King Institute of Preventive Medicine Bacteriolog. Section reports 1907-08
Year: 1907
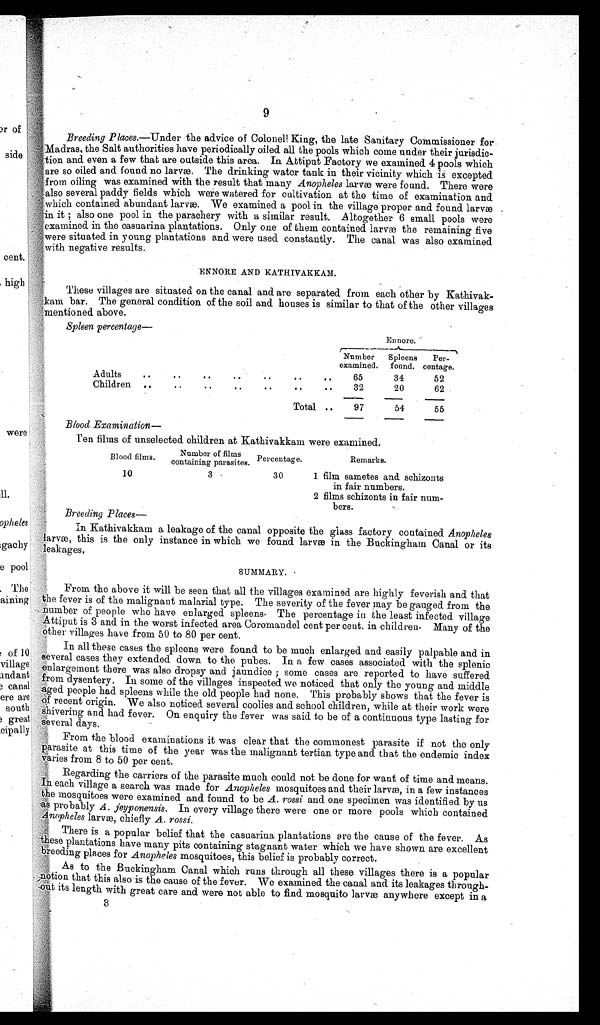
9
Breeding Places.—Under the advice of Colonel King, the late Sanitary Commissioner for
Madras, the Salt authorities have periodically oiled all the pools which come under their jurisdic-
tion and even a few that are outside this area. In Attiput Factory we examined 4 pools which
are so oiled and found no larvæ. The drinking water tank in their vicinity which is excepted
from oiling was examined with the result that many Anopheles larvæ were found. There were
also several paddy fields which were watered for cultivation at the time of examination and
which contained abundant larvæ. We examined a pool in the village proper and found larvæ
in it ; also one pool in the parachery with a similar result. Altogether 6 small pools were
examined in the casuarina plantations. Only one of them contained larvæ the remaining five
were situated in young plantations and were used constantly. The canal was also examined
with negative results.
ENNORE AND
KATHIVAKKANM.
These villages are situated on the canal and are separated from each other by Kathivak-
kam bar. The general condition of the soil and houses is similar to that of the other villages
mentioned above.
Spleen percentage
—
Ennore.
Number
examined.
Spleens
found.
Per -
centage.
Adults .. .. .. .. .. .. ..
65
34
52
C h i l d r e n . . . . . . . . . . . . . .
32
20
62
Total ..
97
54
55
Blood Examination —
Ten films of unselected children at Kathivakkam were examined.
Blood films.
Number of films
containing parasites.
Percentage.
Remarks.
10
3
30
1 film sametes and schizonts
in fair numbers.
2 films schizonts in fair num-
bers.
Breeding Places—
In Kathivakkam a leakage of the canal opposite the glass factory contained Anopheles
larvæ, this is the only instance in which we found larvæ in the Buckingham Canal or its
leakages.
SUMMARY.
From the above it will be seen that all the villages examined are highly feverish and that
the fever is of the malignant malarial type. The severity of the fever may be gauged from the
number of people who have enlarged spleens. The percentage in the least infected village
Attiput is 3 and in the worst infected. area Coromandel cent per cent. in children. Many of the
other villages have from 50 to 80 per cent.
In all these cases the spleens were found to be much enlarged and easily palpable and in
s e v e r a l c a s e s t h e y e x t e n d e d d o w n t o t h e p u b e s . I n a f e w c a s e s a s s o c i a t e d w i t h t h e s p l e n i c
enlargement there was also dropsy and jaundice ; some cases are reported to have suffered
from dysentery. In some of the villages inspected we noticed that only the young and middle
aged people had spleens while the old people had none. This probably shows that the fever is
of recent origin. We also noticed several coolies and school children, while at their work were
shivering and had fever. On enquiry the fever was said to be of a continuous type lasting for
several days.
From the blood examinations it was clear that the commonest parasite if not the only
p a r a s i t e a t t h i s t i m e o f t h e y e a r w a s t h e m a l i g n a n t t e r t i a n t y p e a n d t h a t t h e e n d e m i c i n d e x
v a r i e s f r o m 8 t o 5 0 p e r c e n t .
Regarding the carriers of the parasite much could not be done for want of time and means.
In each village a search was made for Anopheles mosquitoes and their larvæ, in a few instances
the mosquitoes were examined and found to be A. rossi and one specimen was identified by us
as probably A. jeyponensis. In every village there were one or more pools which contained
Anopheles larvæ, chiefly A. rossi.
There is a popular belief that the casuarina plantations are the cause of the fever. As
t h e s e p l a n t a t i o n s h a v e m a n y p i t s c o n t a i n i n g s t a g n a n t w a t e r w h i c h w e h a v e s h o w n a r e e x c e l l e n t
breeding places for Anopheles mosquitoes, this belief is probably correct.
As to the Buckingham Canal which runs through all these villages there is a popular
notion that this also is the cause of the fever. We examined the canal and its leakages through-
out its length with great care and were not able to find mosquito larvæ anywhere except in a
3